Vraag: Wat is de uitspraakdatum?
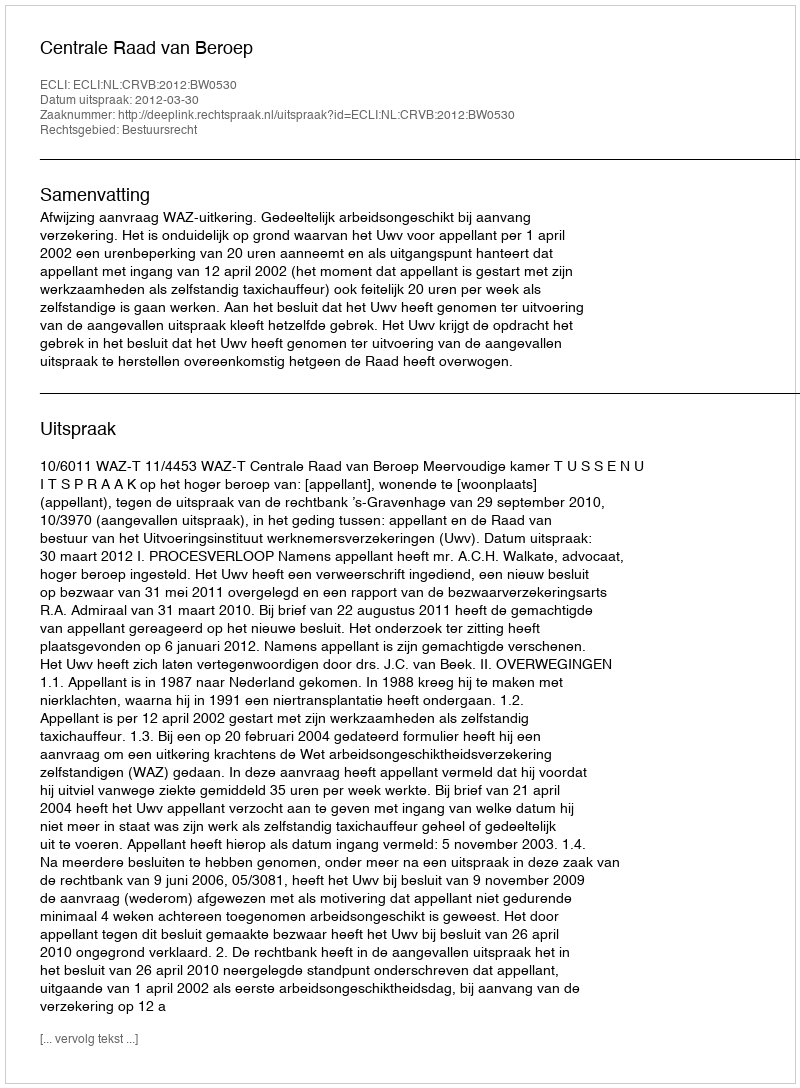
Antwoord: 2012-03-30